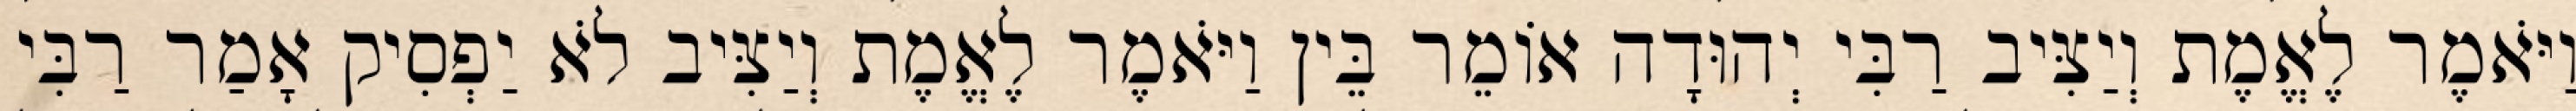
וַיֹּאמֶר לֶאֱמֶת וְיַצִּיב רַבִּי יְהוּדָה אוֹמֵר בֵּין וַיֹּאמֶר לֶאֱמֶת וְיַצִּיב לֹא יַפְסִיק אָמַר רַבִּי